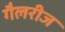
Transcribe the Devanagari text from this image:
गैलरीज